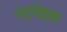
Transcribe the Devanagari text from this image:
गटांपेक्षा